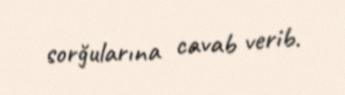
sorğularına cavab verib.